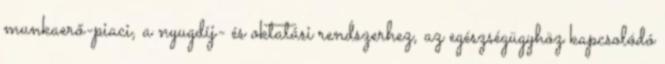
munkaerő-piaci, a nyugdíj- és oktatási rendszerhez, az egészségügyhöz kapcsolódó